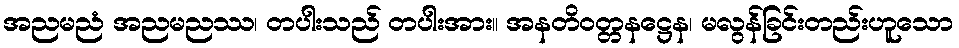
အညမညံ အညမညဿ၊ တပါးသည် တပါးအား။ အနတိဝတ္တနဋ္ဌေန၊ မလွန်ခြင်းတည်းဟူသော